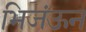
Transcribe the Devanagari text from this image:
भिजंऊन